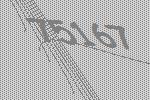
75167